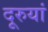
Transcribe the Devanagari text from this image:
दूरुयां